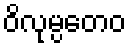
ဝိလုမ္ပတေဝ